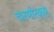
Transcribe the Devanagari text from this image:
चरमोत्कृष्ठ